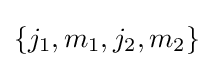
\{j_{1},m_{1},j_{2},m_{2}\}